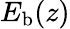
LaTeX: E_{\mathrm{b}}(z)